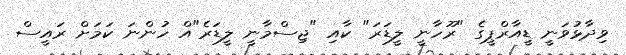
ވިދާޅުވަނީ ޑީއާރްޕީގެ "ރޫހާނީ ލީޑަރަ" ކާއި "ޖިސްމާނީ ލީޑަރެ"އް ހުންނަ ކަމަށް ރައީސް